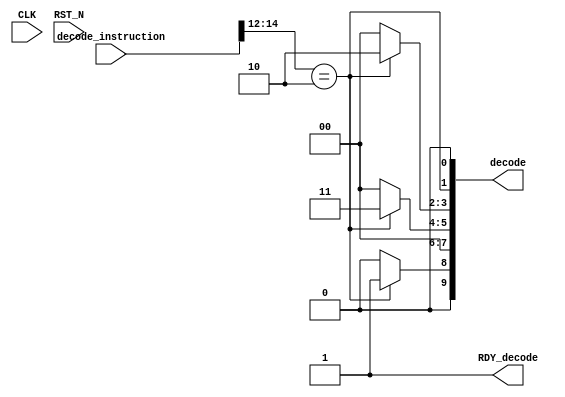
//
// Generated by Bluespec Compiler, version 2012.01.A (build 26572, 2012-01-17)
//
// On Fri Feb 27 13:56:34 GMT 2015
//
// Method conflict info:
// Method: decode
// Conflict-free: decode
//
//
// Ports:
// Name                         I/O  size props
// decode                         O    10
// RDY_decode                     O     1 const
// CLK                            I     1 unused
// RST_N                          I     1 unused
// decode_instruction             I    32
//
// Combinational paths from inputs to outputs:
//   decode_instruction -> decode
//
//

`ifdef BSV_ASSIGNMENT_DELAY
`else
`define BSV_ASSIGNMENT_DELAY
`endif

module mkDecode(CLK,
		RST_N,

		decode_instruction,
		decode,
		RDY_decode);
  input  CLK;
  input  RST_N;

  // value method decode
  input  [31 : 0] decode_instruction;
  output [9 : 0] decode;
  output RDY_decode;

  // signals for module outputs
  wire [9 : 0] decode;
  wire RDY_decode;

  // value method decode
  assign decode =
	     { (decode_instruction[14:12] == 3'b010) ? 2'd1 : 2'd0,
	       1'd0,
	       (decode_instruction[14:12] == 3'b010) ? 3'd3 : 3'd0,
	       (decode_instruction[14:12] == 3'b010) ? 2'd2 : 2'd0,
	       decode_instruction[14:12] == 3'b010,
	       1'd0 } ;
  assign RDY_decode = 1'd1 ;
endmodule  // mkDecode